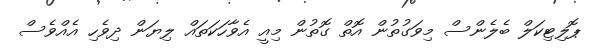
ޕޮލިޓިކަލް ބެލެންސް މިވަގުތުން އޮތް ގޮތުން މިއީ އެވާހަކަތައް ލިޔަން ދިވެހި އެއްވެސް